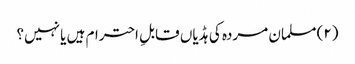
(۲) مسلمان مردہ کی ہڈیاں قابلِ احترام ہیں یا نہیں؟